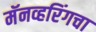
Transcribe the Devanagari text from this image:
मॅनव्हरिंगचा